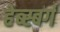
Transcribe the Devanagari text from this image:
हेब्स्बर्ग